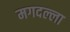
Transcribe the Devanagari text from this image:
मगदल्ला